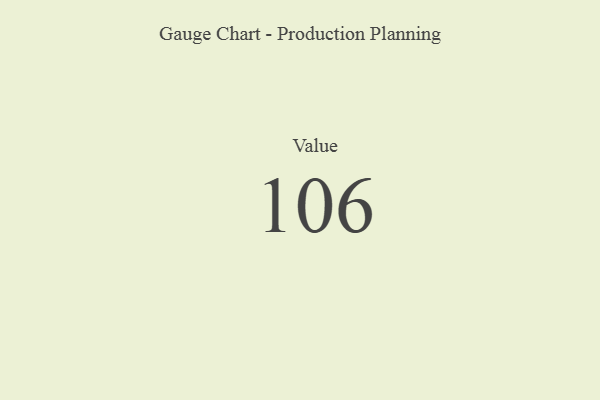
{"axis": {"x": "Metric", "y": "Value"}, "legend": [""], "data": [{"x": "Value", "y": 106, "type": ""}]}